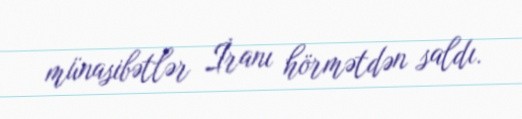
münasibətlər İranı hörmətdən saldı.